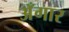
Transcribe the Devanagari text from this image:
अँगार